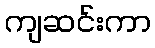
ကျဆင်းကာ